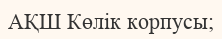
АҚШ Көлік корпусы;